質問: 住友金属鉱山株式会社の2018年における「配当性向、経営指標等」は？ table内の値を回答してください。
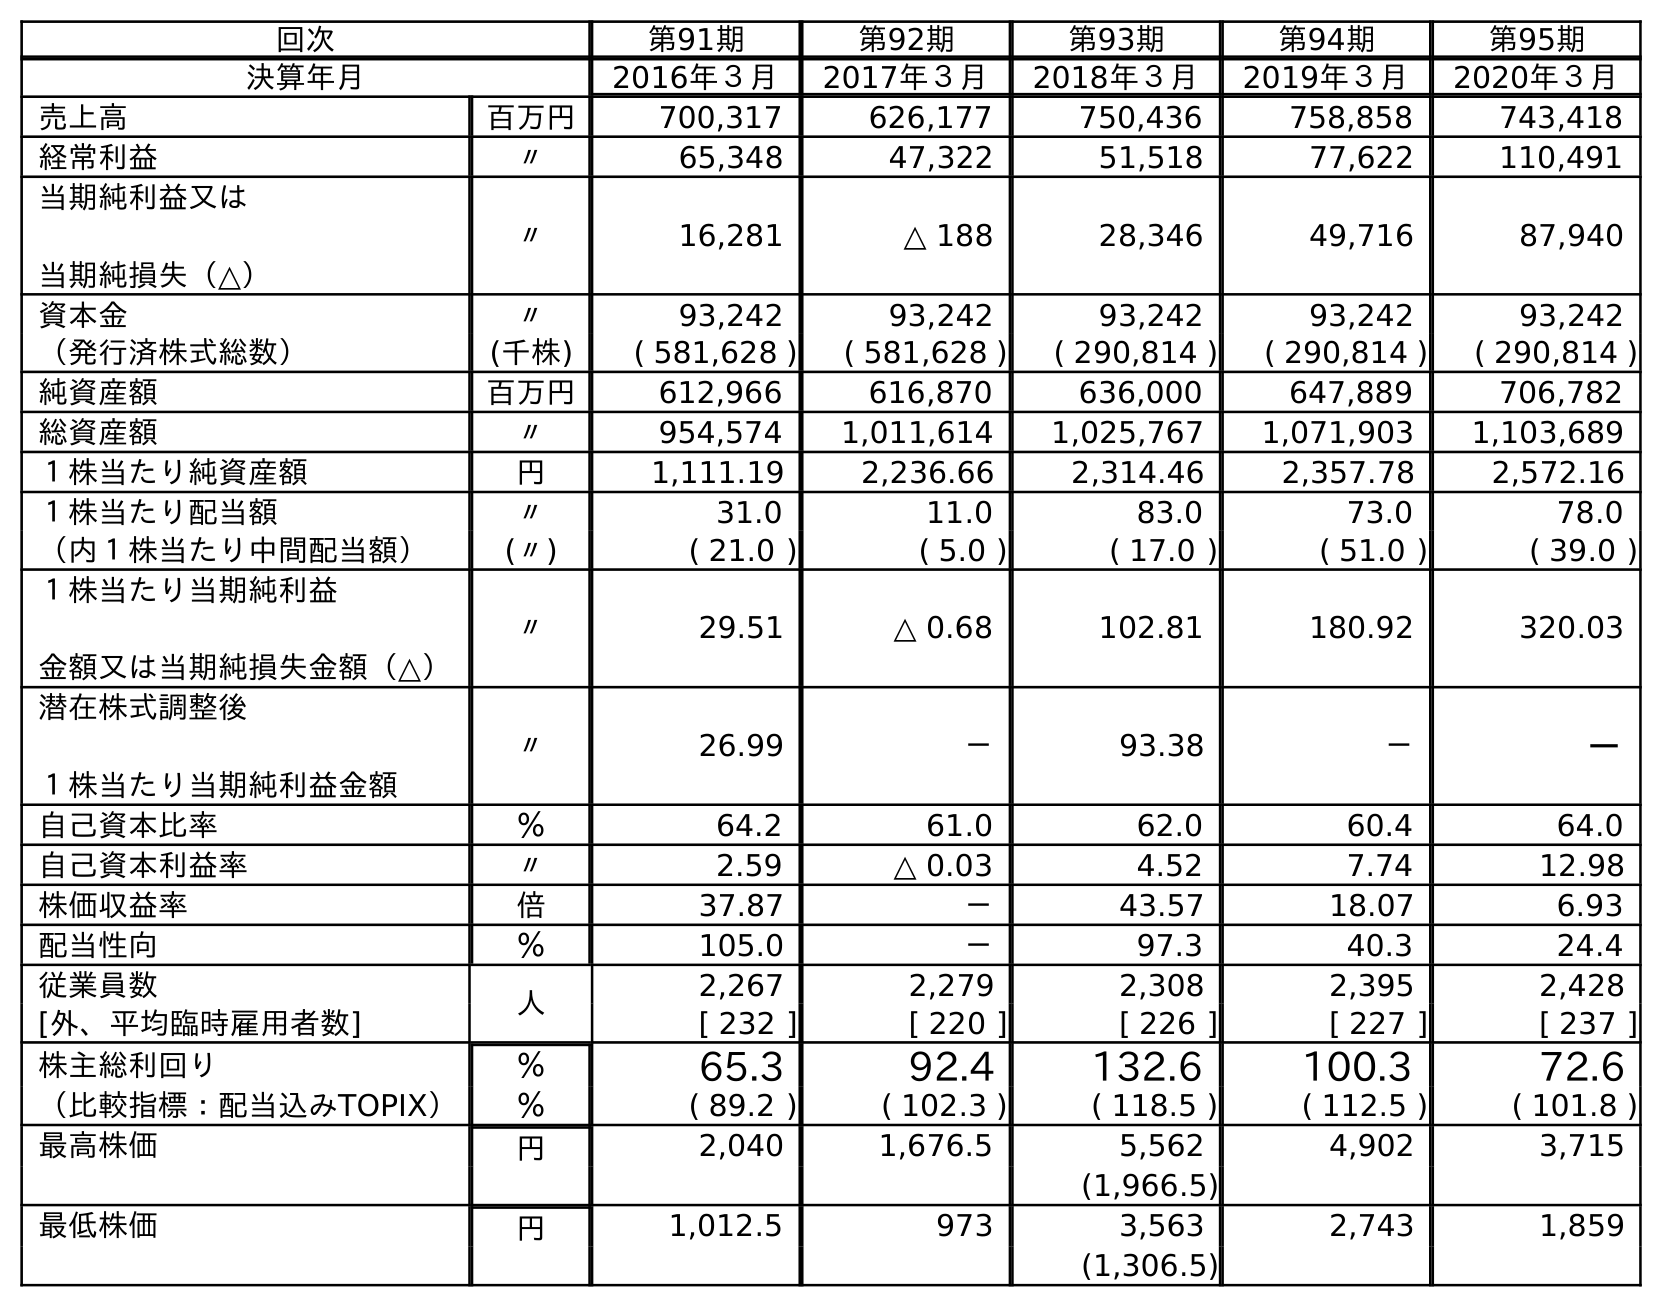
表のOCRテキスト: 回次 第91期 第92期 第93期 第94期 第95期 決算年月 2016年３月 2017年３月 2018年３月 2019年３月 2020年３月 売上高 百万円 700,317 626,177 750,436 758,858 743,418 経常利益 〃 65,348 47,322 51,518 77,622 110,491 当期純利益又は 当期純損失（△） 〃 16,281 △ 188 28,346 49,716 87,940 資本金 〃 93,242 93,242 93,242 93,242 93,242 （発行済株式総数） (千株) ( 581,628 ) ( 581,628 ) ( 290,814 ) ( 290,814 ) ( 290,814 ) 純資産額 百万円 612,966 616,870 636,000 647,889 706,782 総資産額 〃 954,574 1,011,614 1,025,767 1,071,903 1,103,689 １株当たり純資産額 円 1,111.19 2,236.66 2,314.46 2,357.78 2,572.16 １株当たり配当額 〃 31.0 11.0 83.0 73.0 78.0 （内１株当たり中間配当額） (〃) ( 21.0 ) ( 5.0 ) ( 17.0 ) ( 51.0 ) ( 39.0 ) １株当たり当期純利益 金額又は当期純損失金額（△） 〃 29.51 △ 0.68 102.81 180.92 320.03 潜在株式調整後 １株当たり当期純利益金額 〃 26.99 － 93.38 － － 自己資本比率 ％ 64.2 61.0 62.0 60.4 64.0 自己資本利益率 〃 2.59 △ 0.03 4.52 7.74 12.98 株価収益率 倍 37.87 － 43.57 18.07 6.93 配当性向 ％ 105.0 － 97.3 40.3 24.4 従業員数 人 2,267 2,279 2,308 2,395 2,428 [外、平均臨時雇用者数] [ 232 ] [ 220 ] [ 226 ] [ 227 ] [ 237 ] 株主総利回り ％ 65.3 92.4 132.6 100.3 72.6 （比較指標：配当込みTOPIX） ％ ( 89.2 ) ( 102.3 ) ( 118.5 ) ( 112.5 ) ( 101.8 ) 最高株価 円 2,040 1,676.5 5,562 4,902 3,715 (1,966.5) 最低株価 円 1,012.5 973 3,563 2,743 1,859 (1,306.5)
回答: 97.3